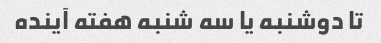
تا دوشنبه یا سه شنبه هفته آینده